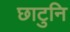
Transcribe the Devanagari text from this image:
छाटुनि